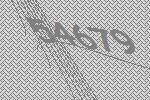
54679